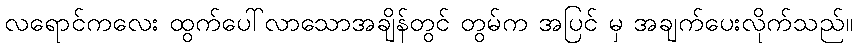
လရောင်ကလေး ထွက်ပေါ်လာသောအချိန်တွင် တွမ်က အပြင် မှ အချက်ပေးလိုက်သည်။